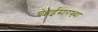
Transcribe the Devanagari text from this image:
चेन्नईसारख्या